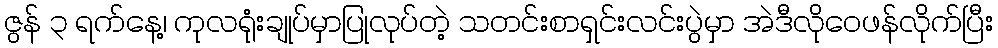
ဇွန် ၃ ရက်နေ့၊ ကုလရုံးချုပ်မှာပြုလုပ်တဲ့ သတင်းစာရှင်းလင်းပွဲမှာ အဲဒီလိုဝေဖန်လိုက်ပြီး